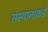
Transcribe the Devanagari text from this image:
संस्थानाकडे